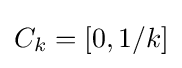
C_{k}=[0,1/k]